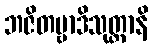
ဘဇိတဗ္ဗာဒိသုတ္တာနိ